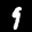
Label: 9